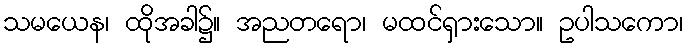
သမယေန၊ ထိုအခါ၌။ အညတရော၊ မထင်ရှားသော။ ဥပါသကော၊